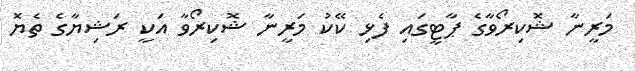
މަރީނާ ޝޮކިރޯވާގެ ޕާޓީގައި ފެޅި ކޭކު މަރީނާ ޝޮކިރޯވާ އަކީ ރަޝިޔާގެ ތެޔޮ